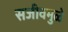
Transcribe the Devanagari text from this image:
सजीवमुळे